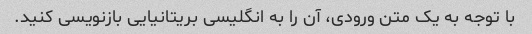
با توجه به یک متن ورودی، آن را به انگلیسی بریتانیایی بازنویسی کنید.